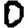
Digit: 0